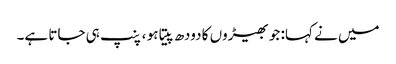
میں نے کہا: جو بھیڑوں کا دودھ پیتا ہو ، پنپ ہی جاتا ہے۔